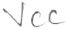
Text: VCC